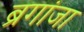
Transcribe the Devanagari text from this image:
ब्रगांजा